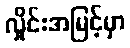
လှိုင်းအမြင့်မှာ